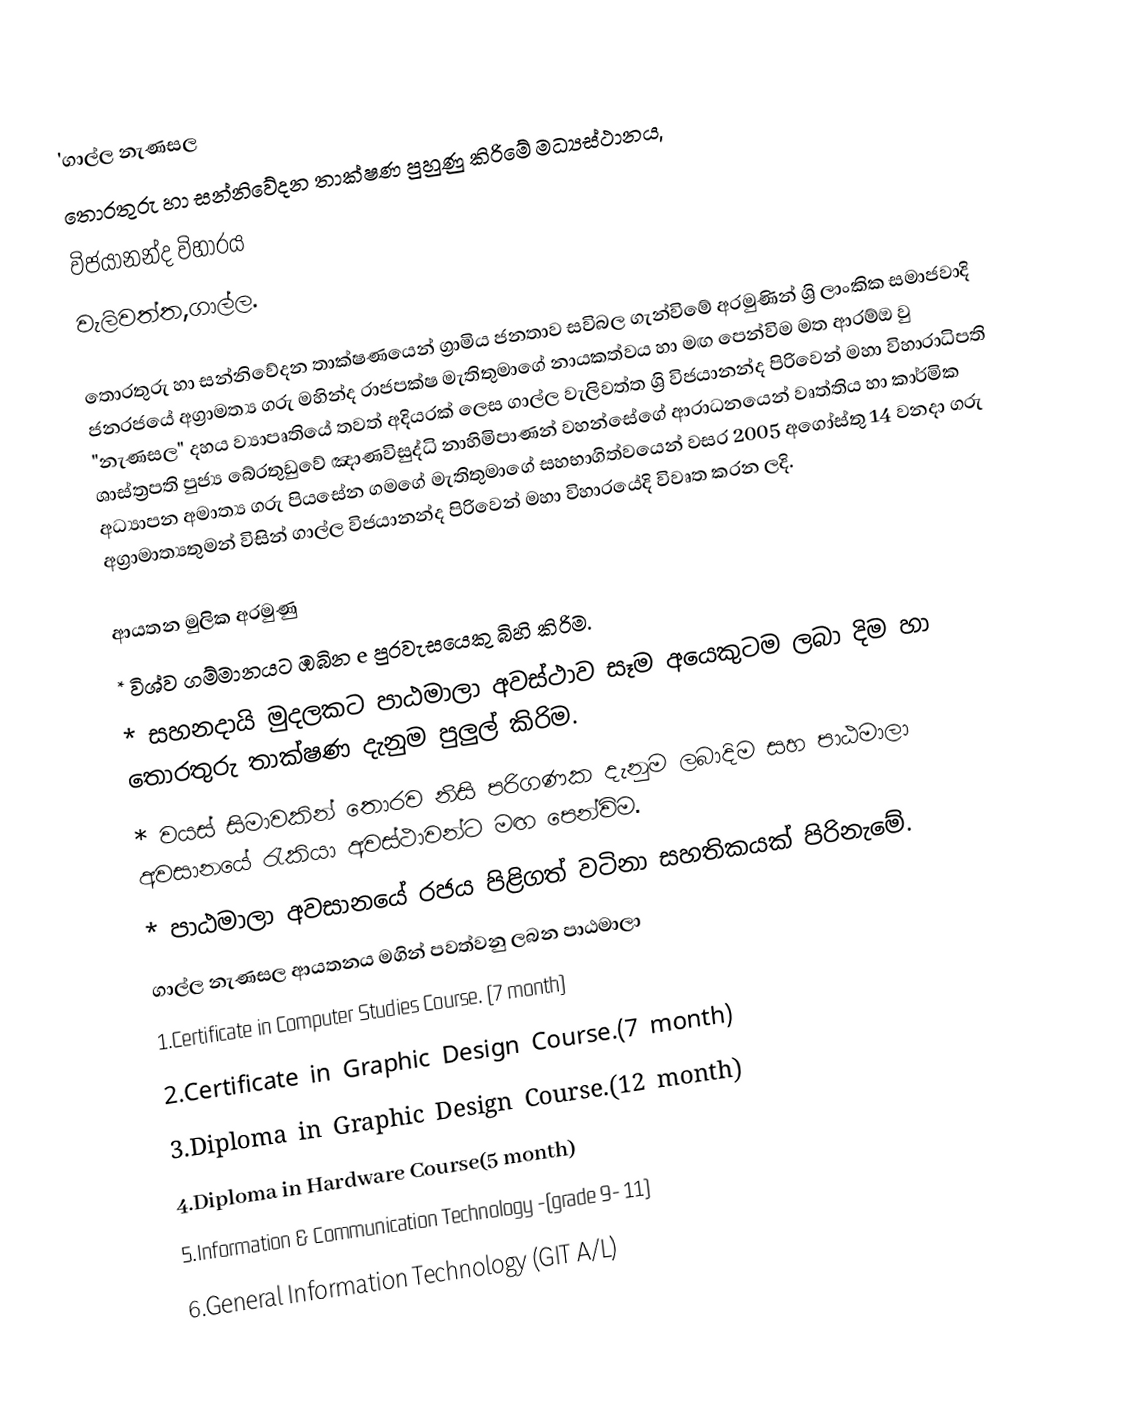
'ගාල්ල නැණසල
                                  තොරතුරු හා සන්නිවේදන තාක්ෂණ පුහුණු කිරිමේ මධ්‍යස්ථානය,
                                                විජයානන්ද විහාරය
                                                 වැලිවත්ත,ගාල්ල.

තොරතුරු හා සන්නිවේදන තාක්ෂණයෙන් ග්‍රාමිය ජනතාව සවිබල ගැන්විමේ අරමුණින් ශ්‍රි ලාංකික සමාජවාදි ජනරජයේ අග්‍රාමත්‍ය ගරු මහින්ද රාජපක්ෂ මැතිතුමාගේ නායකත්වය හා මඟ පෙන්විම මත ආරම්ඔ වු "නැණසල" දහය ව්‍යාපෘතියේ තවත් අදියරක් ලෙස ගාල්ල වැලිවත්ත ශ්‍රි විජයානන්ද පිරිවෙන් මහා විහාරාධිපති ශාස්ත්‍රපති පුජ්‍ය බේරතුඩුවේ ඤාණවිසුද්ධි නාහිමිපාණන් වහන්සේගේ ආරාධනයෙන් වෘත්තිය හා කාර්මික අධ්‍යාපන අමාත්‍ය ගරු පියසේන ගමගේ මැතිතුමාගේ සහභාගිත්වයෙන් වසර 2005 අගෝස්තු 14 වනදා ගරු අග්‍රාමාත්‍යතුමන් විසින් ගාල්ල විජයානන්ද පිරිවෙන් මහා විහාරයේදි විවෘත කරන ලදි.

      ආයතන මුලික අරමුණු
       * විශ්ව ගම්මානයට ඹබින e පුරවැසයෙකු බිහි කිරිම.
       * සහනදායි මුදලකට පාඨමාලා අවස්ථාව සෑම අයෙකුටම ලබා දිම හා තොරතුරු තාක්ෂණ දැනුම පුලුල් කිරිම.
       * වයස් සිමාවකින් තොරව නිසි පරිගණක දැනුම ලබාදිම සහ පාඨමාලා අවසානයේ රැකියා අවස්ථාවන්ට මඟ පෙන්විම.
       * පාඨමාලා අවසානයේ රජය පිළිගත් වටිනා සහතිකයක් පිරිනැමේ.
           ගාල්ල නැණසල ආයතනය මගින් පවත්වනු ලබන පාඨමාලා
              1.Certificate in Computer Studies Course. (7 month)
              2.Certificate in Graphic Design Course.(7 month)
              3.Diploma in Graphic Design Course.(12 month)
              4.Diploma in Hardware Course(5 month)
              5.Information & Communication Technology -(grade 9- 11)
              6.General Information Technology (GIT A/L)